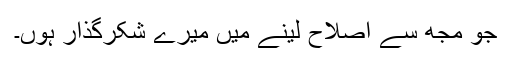
جو مجھ سے اصلاح لینے میں میرے شکرگذار ہُوں۔